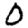
Digit: 0